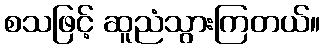
စသဖြင့် ဆူညံသွားကြတယ်။